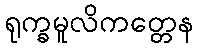
ရုက္ခမူလိကတ္တေန